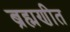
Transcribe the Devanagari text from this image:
ब्रह्मणीत